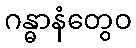
ဂန္ဓာနံတွေဝ